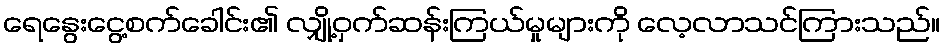
ရေနွေးငွေ့စက်ခေါင်း၏ လျှို့ဝှက်ဆန်းကြယ်မှုများကို လေ့လာသင်ကြားသည်။